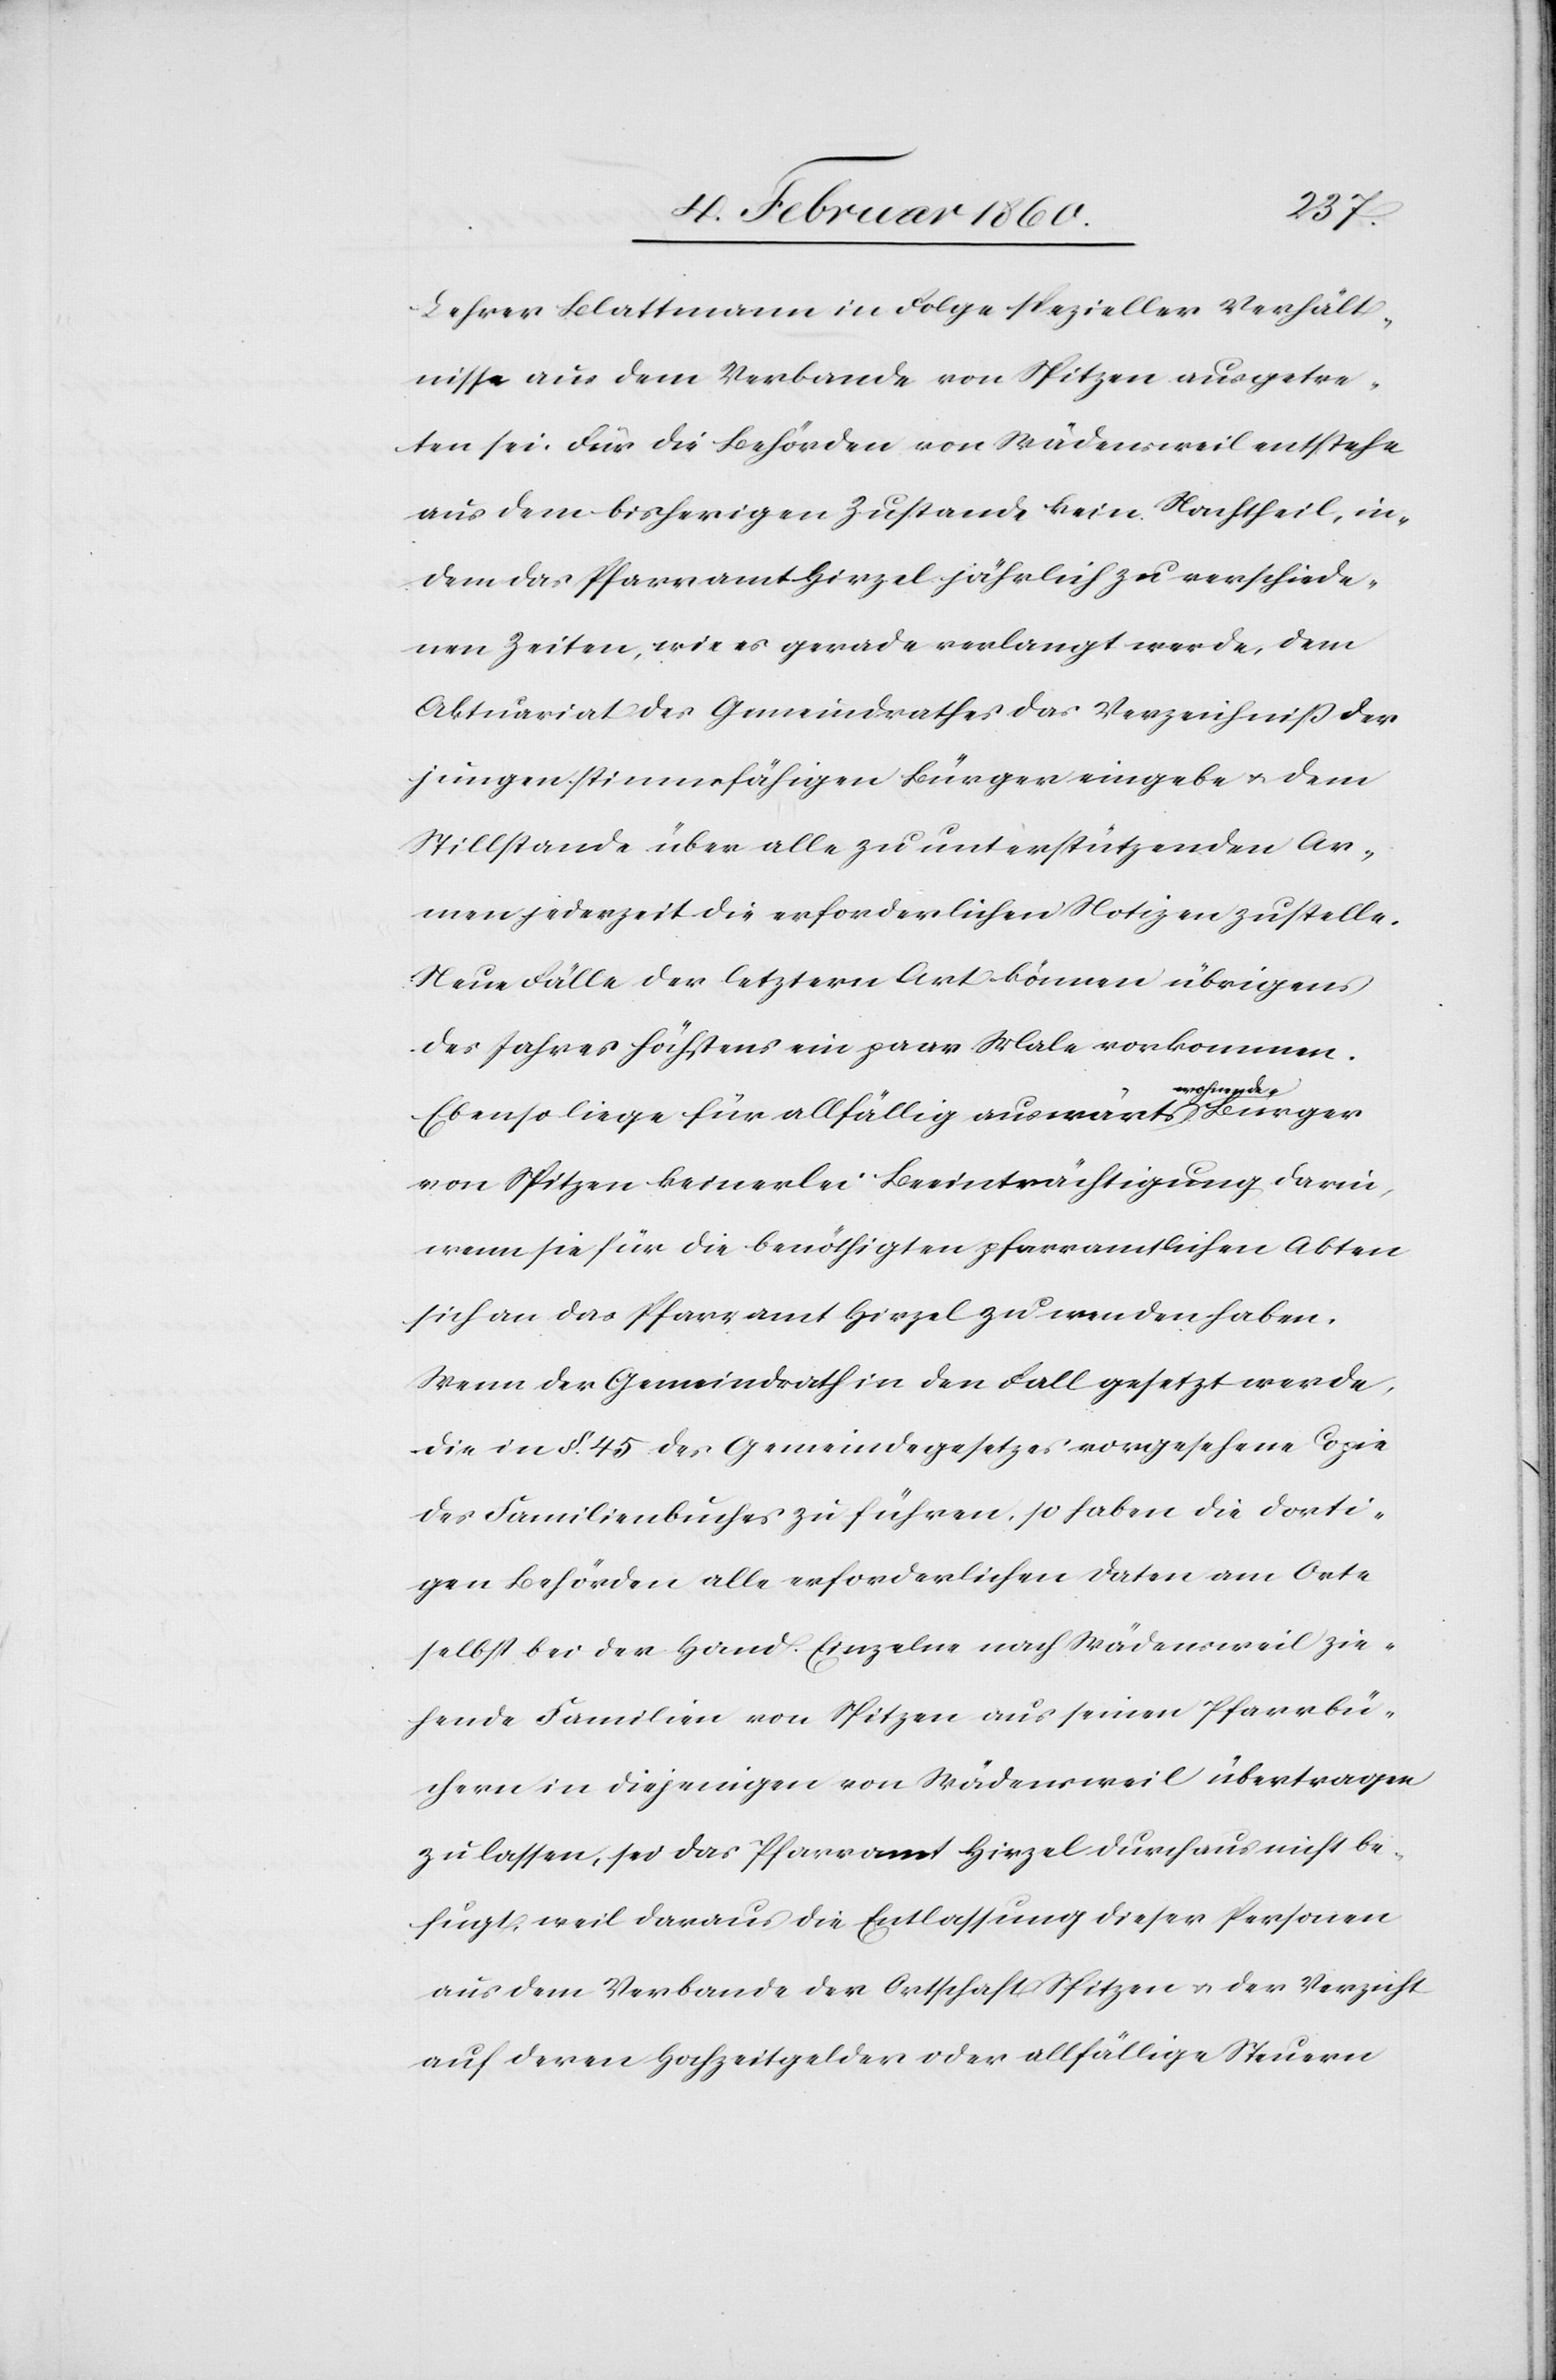
Lehrer Blattmann in Folge spezieller Verhält¬
nisse aus dem Verbande von Spitzen ausgetre¬
ten sei. Für die Behörden von Wädensweil entstehe
aus dem bisherigen Zustande kein Nachtheil, in¬
dem das Pfarramt Hirzel jährlich zu verschiede¬
nen Zeiten, wie es gerade verlangt werde, dem
Aktuariat des Gemeindrathes das Verzeichniss der
jungen stimmfähigen Bürger eingebe u. dem
Stillstande über alle zu unterstützenden Ar¬
men jederzeit die erforderlichen Notizen zustelle.
Neue Fälle der letztern Art können übrigens
des Jahres höchstens ein paar Male vorkommen.
Ebenso liege für allfällig auswärts wohnende Bürger
von Spitzen keinerlei Beeinträchtigung darin,
wenn sie für die benöthigten pfarramtlichen Akten
sich an das Pfarramt Hirzel zu wenden haben.
Wenn der Gemeindrath in den Fall gesetzt werde,
die in §. 45. des Gemeindegesetzes vorgesehene Copie
des Familienbuches zu führen, so haben die dorti¬
gen Behörden alle erforderlichen Daten am Orte
selbst bei der Hand. Einzelne nach Wädensweil zie¬
hende Familien von Spitzen aus seinen Pfarrbü¬
chern in diejenigen von Wädensweil übertragen
zu lassen, sei das Pfarramt Hirzel durchaus nicht be¬
fugt, weil daraus die Entlassung dieser Personen
aus dem Verbande der Ortschaft Spitzen u. der Verzicht
auf deren Hochzeitgelder oder allfällige Steuern